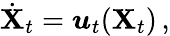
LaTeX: \dot{\mathbf X}_{t}={\boldsymbol u}_{t}({\mathbf X}_{t})\, ,